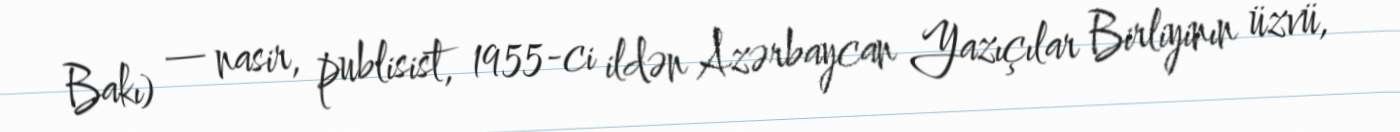
Bakı) — nasir, publisist, 1955-ci ildən Azərbaycan Yazıçılar Birliyinın üzvü,